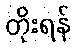
တိုးရန်